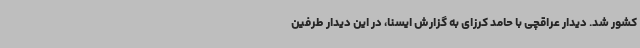
کشور شد. دیدار عراقچی با حامد کرزای به گزارش ایسنا، در این دیدار طرفین